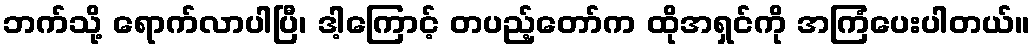
ဘက်သို့ ရောက်လာပါပြီ၊ ဒါ့ကြောင့် တပည့်တော်က ထိုအရှင်ကို အကြံပေးပါတယ်။